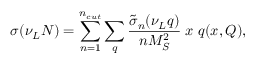
\sigma ( \nu _ { L } N ) = \sum _ { n = 1 } ^ { n _ { c u t } } \sum _ { q } { \frac { \tilde { \sigma } _ { n } ( \nu _ { L } q ) } { n M _ { S } ^ { 2 } } } \; x \; q ( x , Q ) ,